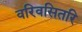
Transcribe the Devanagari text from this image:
वरिवसितरि